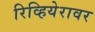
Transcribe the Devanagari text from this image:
रिव्हियेरावर